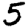
Digit: 5